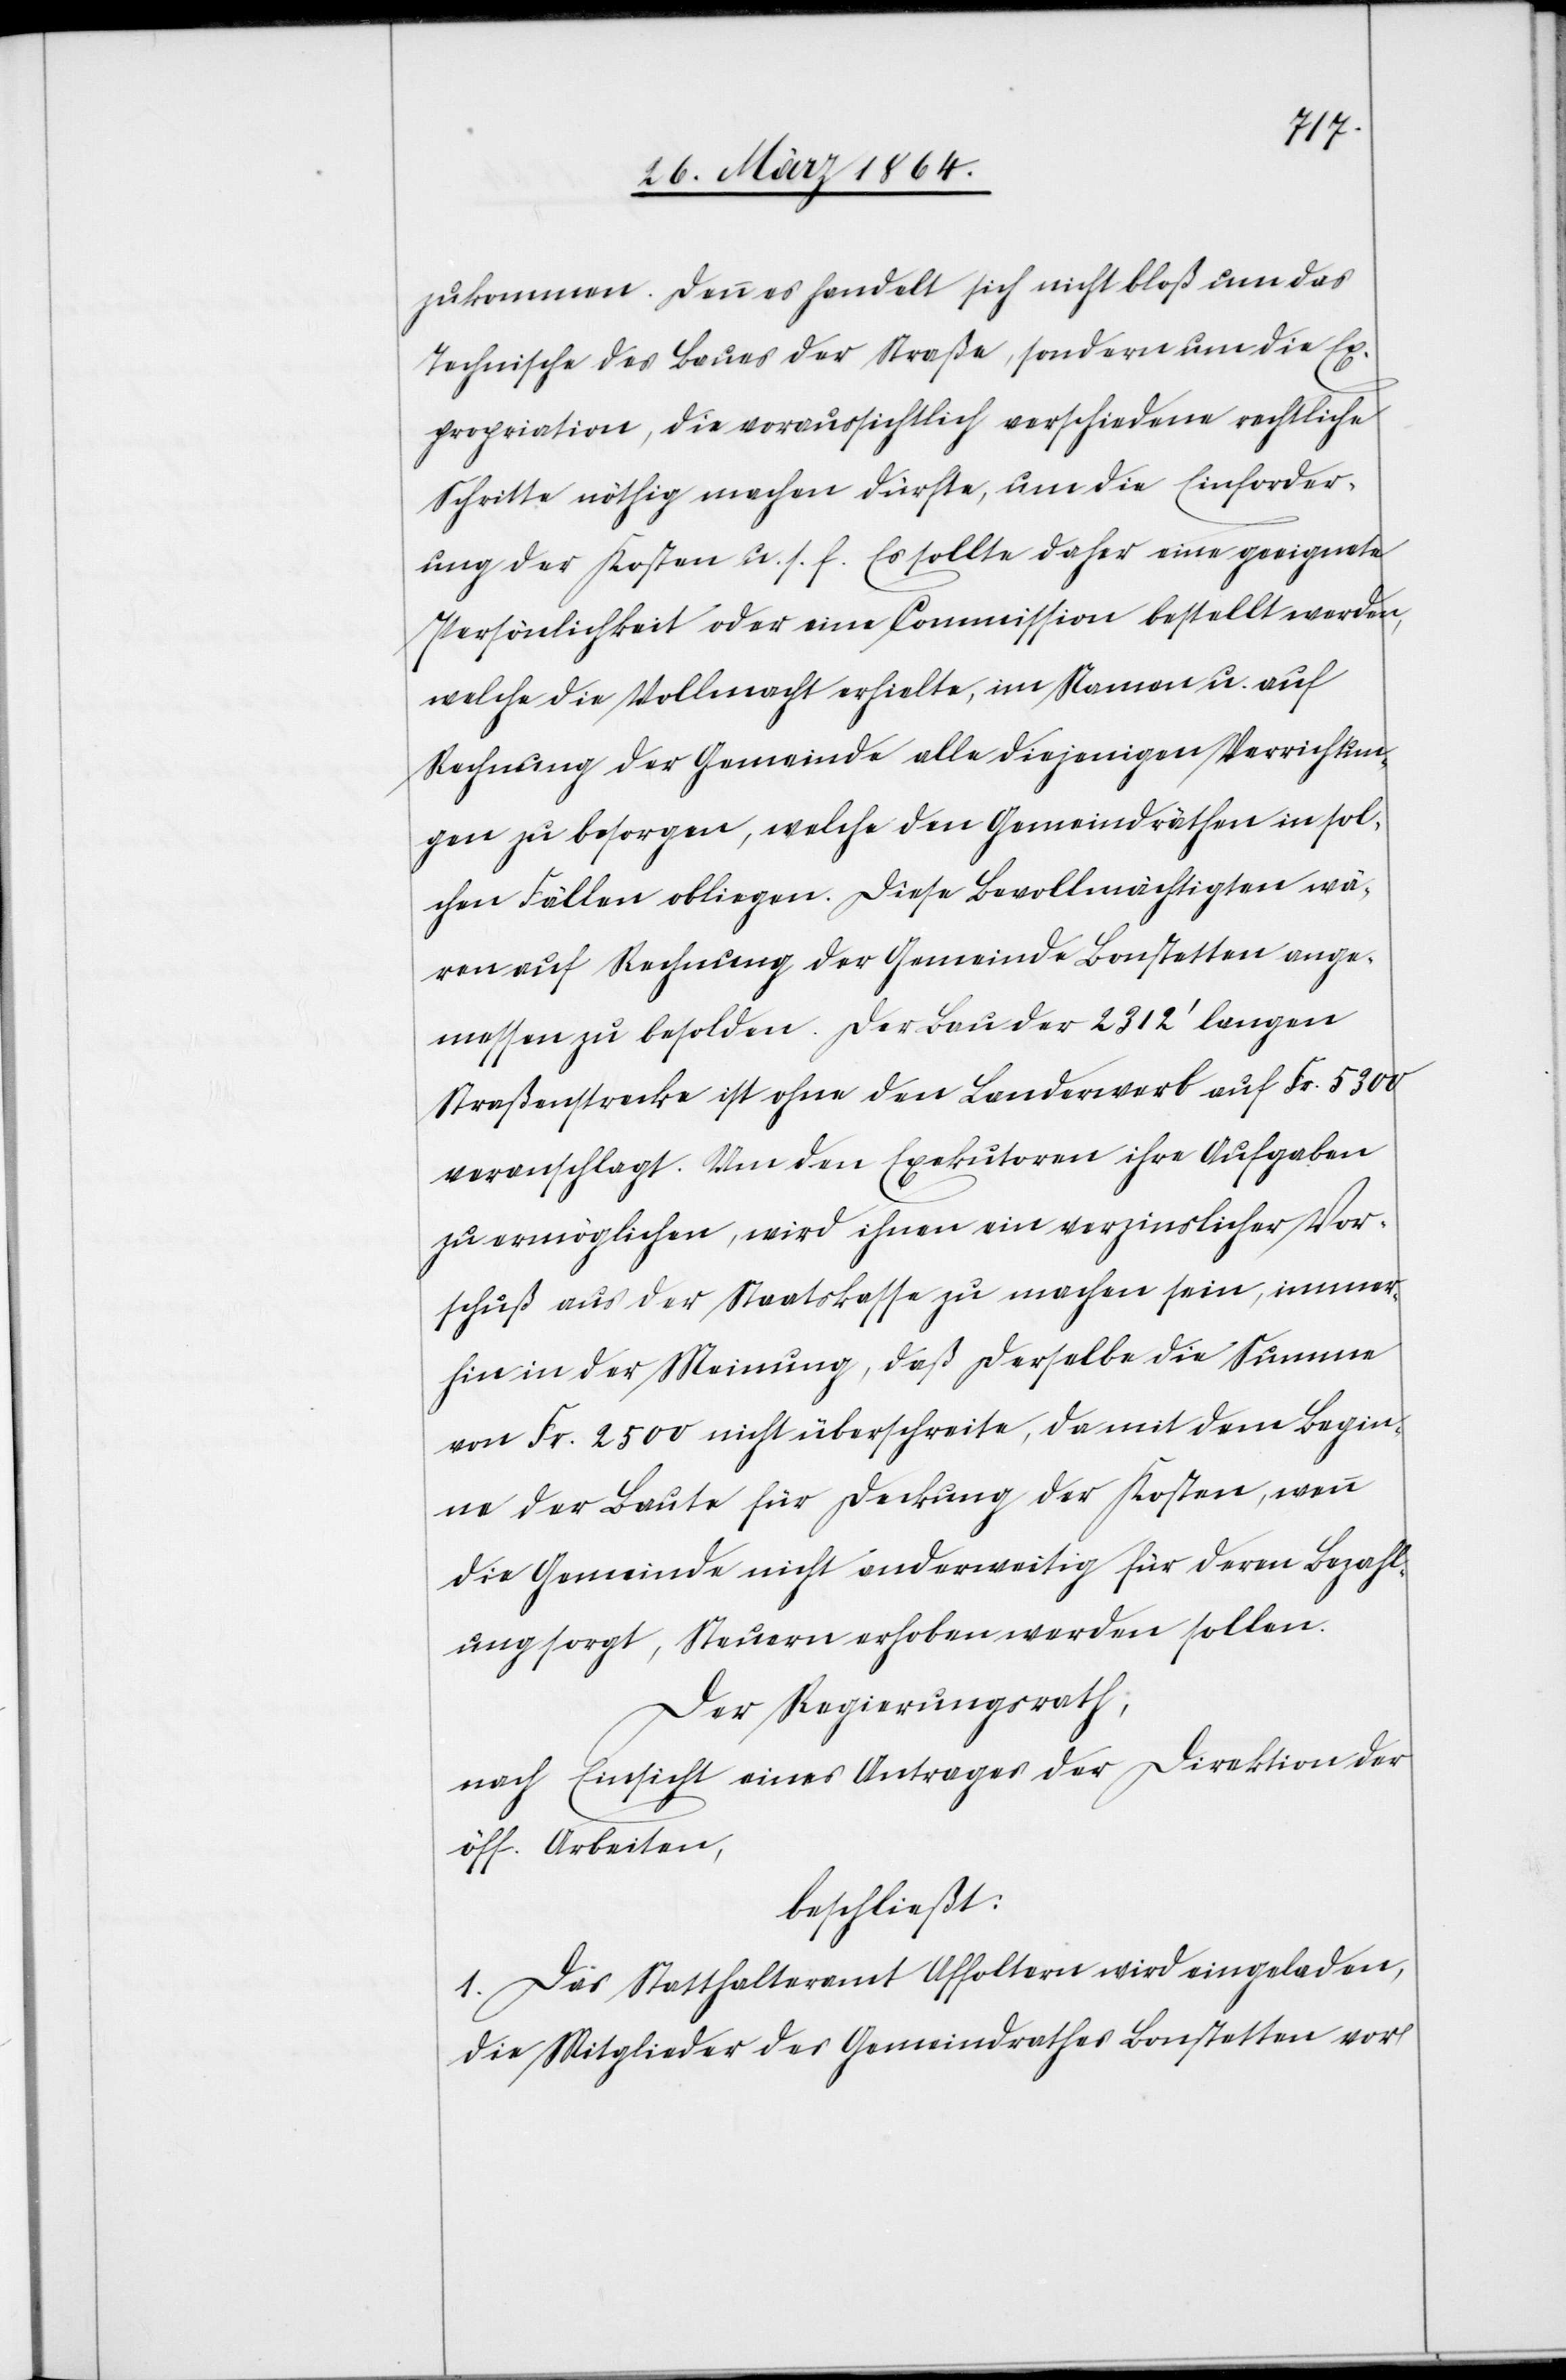
zukommen. Denn es handelt sich nicht bloß um das
Technische des Baues der Straße, sondern um die Ex¬
propriation, die voraussichtlich verschiedene rechtliche
Schritte nöthig machen dürfte, um die Einforder¬
ung der Kosten u. s. f. Es sollte daher eine geeignete
Persönlichkeit oder eine Commission bestellt werden,
welche die Vollmacht erhielte, im Namen u. auf
Rechnung der Gemeinde alle diejenigen Verrichtun¬
gen zu besorgen, welche den Gemeindräthen in sol¬
chen Fällen obliegen. Diese Bevollmächtigten wä¬
ren auf Rechnung der Gemeinde Bonstetten ange¬
messen zu besolden. Der Bau der 2312’ langen
Straßenstrecke ist ohne den Landerwerb auf Fr. 5300
veranschlagt. Um den Exekutoren ihre Aufgaben
zu ermöglichen, wird ihnen ein verzinslicher Vor¬
schuß aus der Staatskasse zu machen sein, immer¬
hin in der Meinung, daß derselbe die Summe
von Fr. 2500 nicht überschreite, da mit dem Begin¬
ne der Baute für Deckung der Kosten, wenn
die Gemeinde nicht anderweitig für deren Bezahl¬
ung sorgt, Steuern erhoben werden sollen.
Der Regierungsrath,
nach Einsicht eines Antrages der Direktion der
öff. Arbeiten,
beschließt:
1. Das Statthalteramt Affoltern wird eingeladen,
die Mitglieder des Gemeindrathes Bonstetten vor